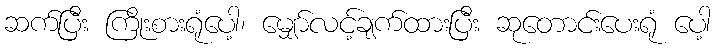
ဆက်ပြီး ကြိုးစားရုံပေါ့၊ မျှော်လင့်ချက်ထားပြီး ဆုတောင်းပေးရုံ ပေါ့